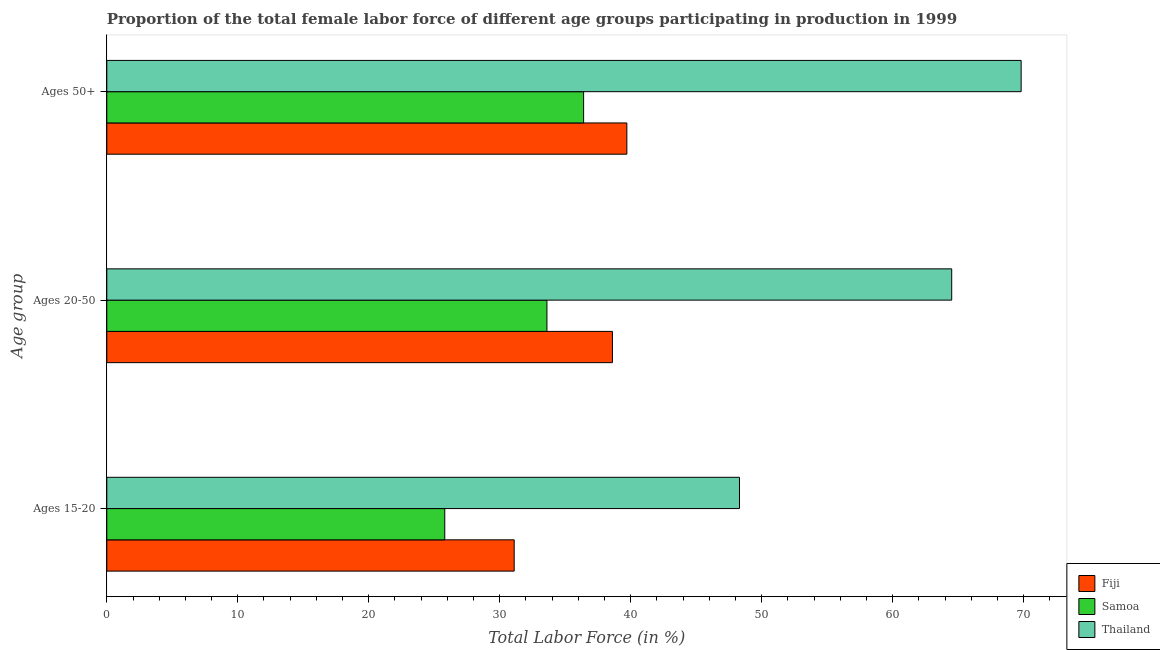
| Age group | Fiji | Samoa | Thailand |
 | --- | --- | --- | --- |
 | Ages 15-20 | 31.1 | 25.8 | 48.3 |
 | Ages 20-50 | 38.6 | 33.6 | 64.5 |
 | Ages 50+ | 39.7 | 36.4 | 69.8 |